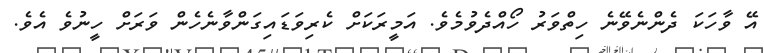
އޭ ވާހަކަ ދެންނެވޭނެ ހިތްވަރު ހޯއްދެވުމެވެ. އަމީރަކަށް ކެރިވަޑައިގަންވާނެހެން ވަރަށް ހީނުވެ އެވެ.